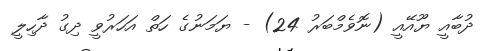
ދުބާއީ ޔޫއޭއީ (ނޮވެމްބަރު 24) - ޔަމަނުގެ ހަތް އަހަރުވީ ދިގު ދާހިލީ